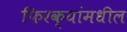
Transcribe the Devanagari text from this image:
फिरक्यांमधील